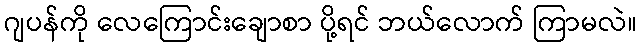
ဂျပန်ကို လေကြောင်းချောစာ ပို့ရင် ဘယ်လောက် ကြာမလဲ။